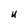
Character: U